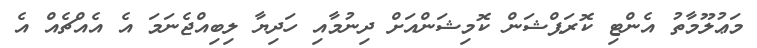
މަޢުލޫމާތު އެންޓި ކޮރަޕްޝަން ކޮމިޝަންއަށް ދިނުމާއި ހަދިޔާ ލިބިއްޖެނަމަ އެ އެއްޗެއް އެ